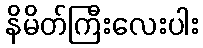
နိမိတ်ကြီးလေးပါး